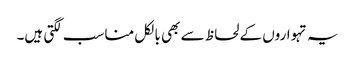
یہ تہواروں کے لحاظ سے بھی بالکل مناسب لگتی ہیں۔